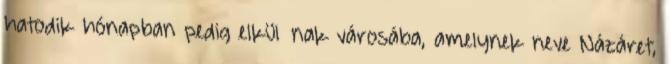
hatodik hónapban pedig elkül− nak városába, amelynek neve Názáret,